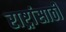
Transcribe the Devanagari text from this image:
राष्ट्रांसाठी